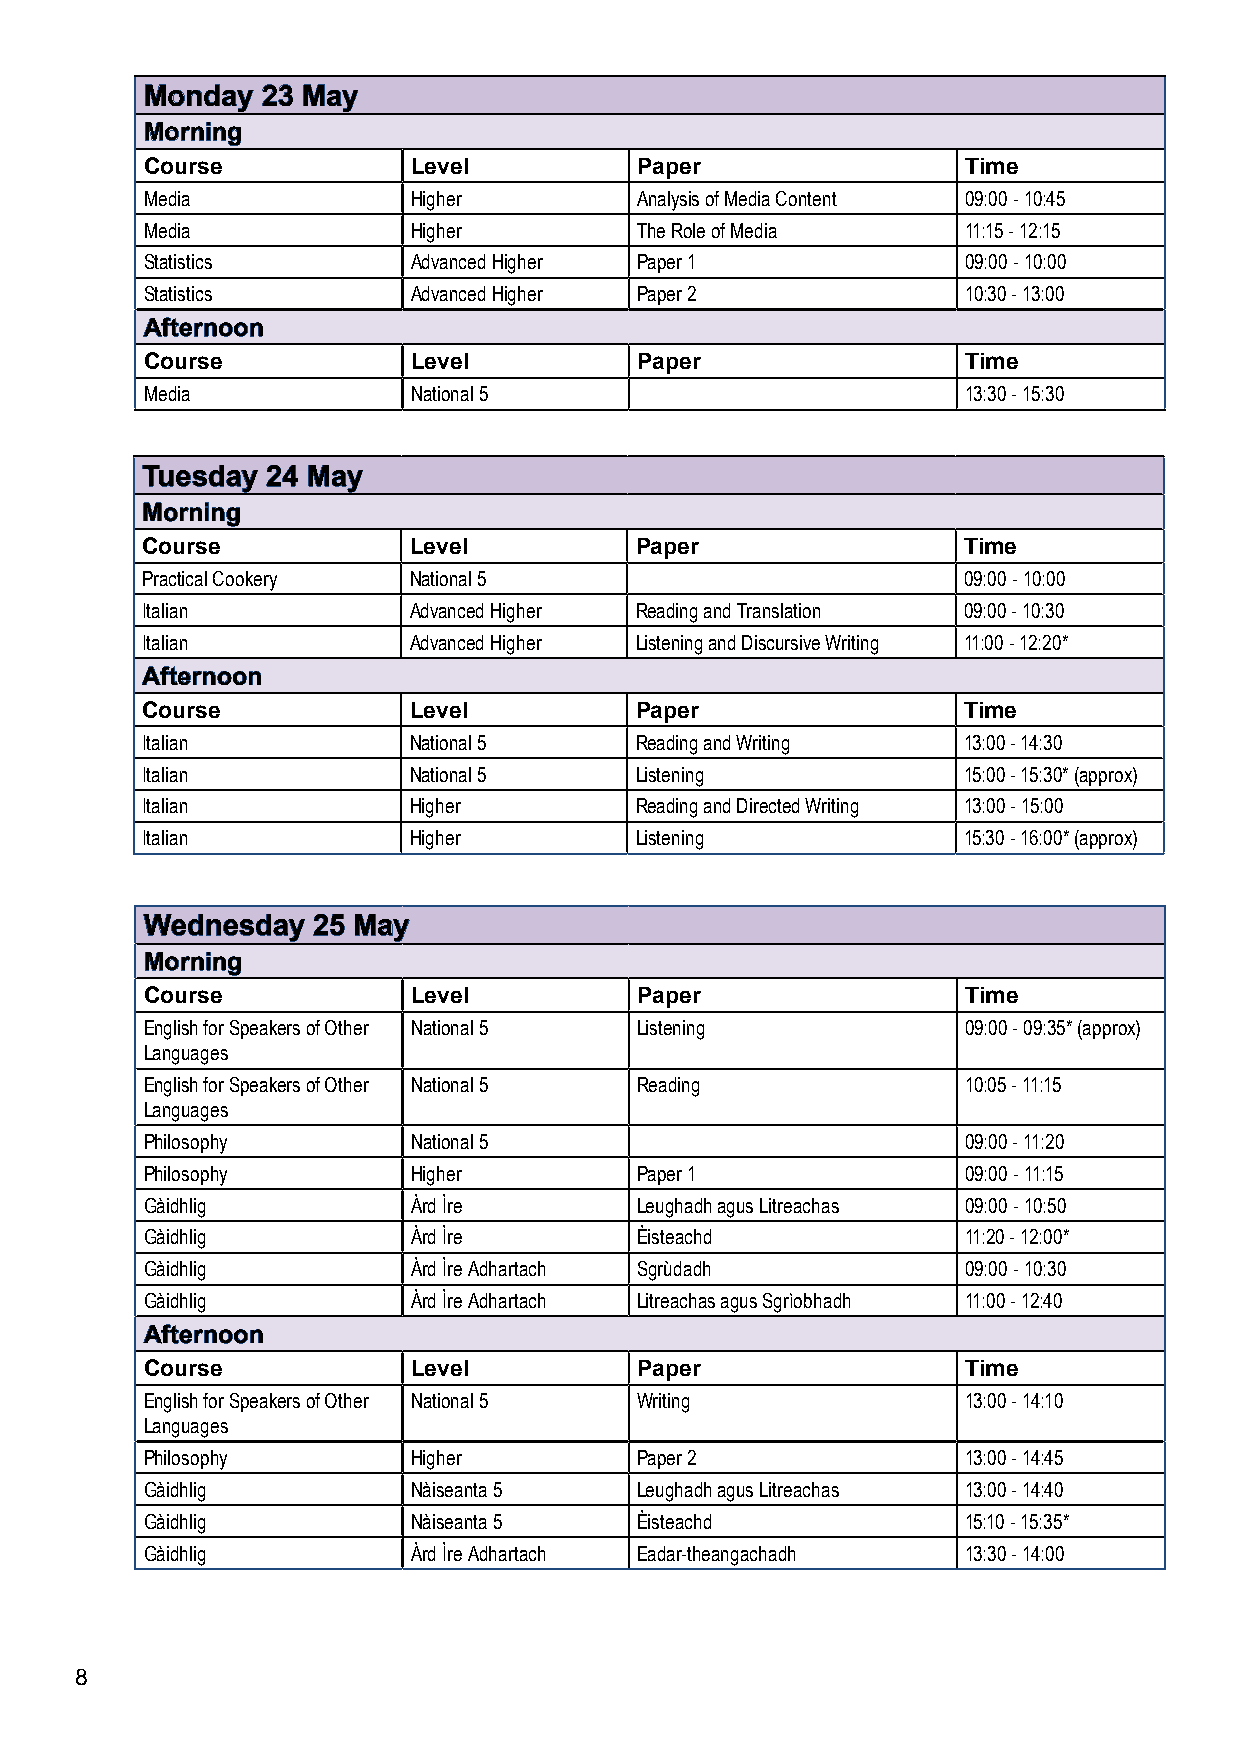
MMoonnddaayy 2233 MMaayy
 MMoorrnniinngg
 Course            Level          Paper                 Time
 Media             Higher         Analysis of Media Content 09:00 - 10:45
 Media             Higher         The Role of Media     11:15 - 12:15
 Statistics        Advanced Higher Paper 1              09:00 - 10:00
 Statistics        Advanced Higher Paper 2              10:30 - 13:00
 AAfftteerrnnoooonn
 Course            Level          Paper                 Time
 Media             National 5                           13:30 - 15:30
 TTuueessddaayy 2244 MMaayy
 MMoorrnniinngg
 Course            Level          Paper                 Time
 Practical Cookery National 5                           09:00 - 10:00
 Italian           Advanced Higher Reading and Translation 09:00 - 10:30
 Italian           Advanced Higher Listening and Discursive Writing 11:00 - 12:20*
 AAfftteerrnnoooonn
 Course            Level          Paper                 Time
 Italian           National 5     Reading and Writing   13:00 - 14:30
 Italian           National 5     Listening             15:00 - 15:30* (approx)
 Italian           Higher         Reading and Directed Writing 13:00 - 15:00
 Italian           Higher         Listening             15:30 - 16:00* (approx)
 WWeeddnneessddaayy 2255 MMaayy
 MMoorrnniinngg
 Course            Level          Paper                 Time
 English for Speakers of Other National 5 Listening     09:00 - 09:35* (approx)
 Languages
 English for Speakers of Other National 5 Reading       10:05 - 11:15
 Languages
 Philosophy        National 5                           09:00 - 11:20
 Philosophy        Higher         Paper 1               09:00 - 11:15
 Gàidhlig          Àrd Ìre        Leughadh agus Litreachas 09:00 - 10:50
 Gàidhlig          Àrd Ìre        Èisteachd             11:20 - 12:00*
 Gàidhlig          Àrd Ìre Adhartach Sgrùdadh           09:00 - 10:30
 Gàidhlig          Àrd Ìre Adhartach Litreachas agus Sgrìobhadh 11:00 - 12:40
 AAfftteerrnnoooonn
 Course            Level          Paper                 Time
 English for Speakers of Other National 5 Writing       13:00 - 14:10
 Languages
 Philosophy        Higher         Paper 2               13:00 - 14:45
 Gàidhlig          Nàiseanta 5    Leughadh agus Litreachas 13:00 - 14:40
 Gàidhlig          Nàiseanta 5    Èisteachd             15:10 - 15:35*
 Gàidhlig          Àrd Ìre Adhartach Eadar-theangachadh 13:30 - 14:00
 8